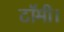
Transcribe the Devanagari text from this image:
टॉमी।